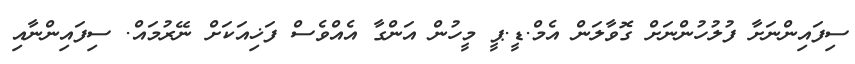
ސިފައިންނަށާ ފުލުހުންނަށް ގޮވާލަން އެމް.ޑީ.ޕީ މީހުން އަންގާ އެއްވެސް ފަޚިއަކަށް ނޭރުމައް. ސިފައިންނާއި